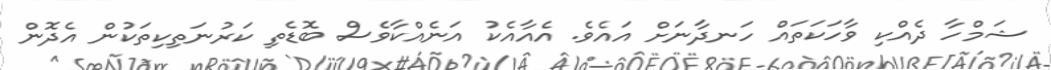
ޝަމްހާ ދެއްކި ވާހަކަތައް ހަނދާނަށް އައެވެ. އެއާއެކު އަނެއްކާވެސް ބޮޑެތި ކަރުނަތިކިތަކުން އެދޮން